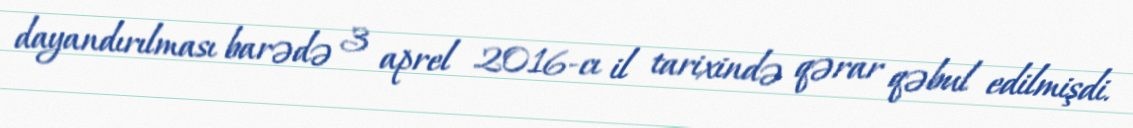
dayandırılması barədə 3 aprel 2016-cı il tarixində qərar qəbul edilmişdi.